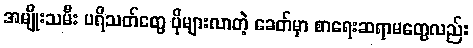
အမျိုးသမီး ပရိသတ်တွေ ပိုများလာတဲ့ ခေတ်မှာ စာရေးဆရာမတွေလည်း